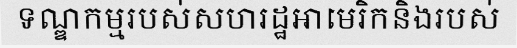
ទណ្ឌកម្មរបស់សហរដ្ឋអាមេរិកនិងរបស់